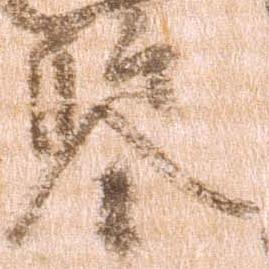
鑑